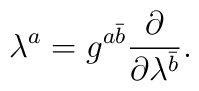
\lambda^a=g^{a\bar b}{\partial\over\partial\lambda^{\bar b}}.